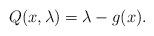
LaTeX: \begin{align*} Q(x,\lambda) = \lambda -g(x).\end{align*}